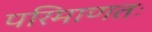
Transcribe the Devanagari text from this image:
परिमाणतः